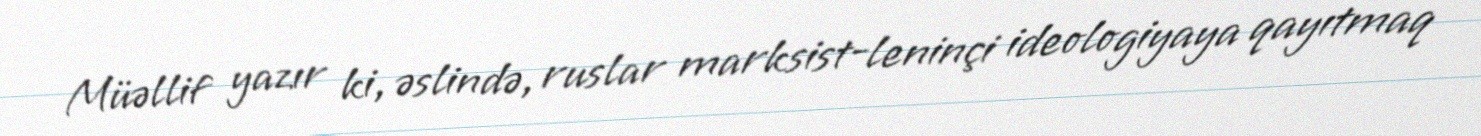
Müəllif yazır ki, əslində, ruslar marksist-leninçi ideologiyaya qayıtmaq